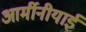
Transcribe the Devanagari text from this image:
आर्मीनीयाई